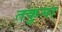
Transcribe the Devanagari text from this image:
तकुमा